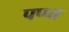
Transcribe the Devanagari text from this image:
पप्प्त